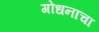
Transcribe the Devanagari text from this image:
गोधनाचा